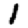
Digit: 1